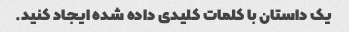
یک داستان با کلمات کلیدی داده شده ایجاد کنید.